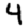
Digit: 4